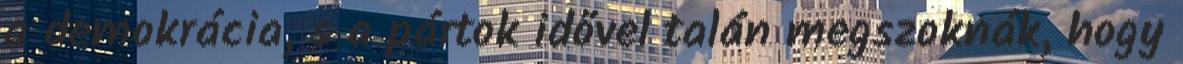
a demokrácia, s a pártok idővel talán megszoknák, hogy